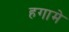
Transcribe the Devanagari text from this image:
हगामे